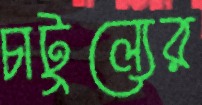
চাটুল্যের